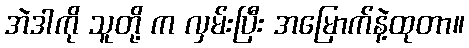
အဲဒါကို သူတို့ က လှမ်းပြီး အမြောက်နဲ့ထုတာ။